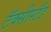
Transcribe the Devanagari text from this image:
टॅक्सीस्टँड